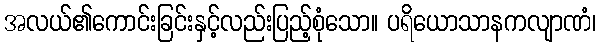
အလယ်၏ကောင်းခြင်းနှင့်လည်းပြည့်စုံသော။ ပရိယောသာနကလျာဏံ၊